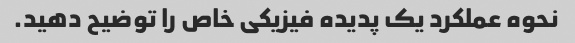
نحوه عملکرد یک پدیده فیزیکی خاص را توضیح دهید.